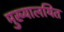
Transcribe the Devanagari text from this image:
मुख्यालयित